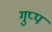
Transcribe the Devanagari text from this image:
गुप्प